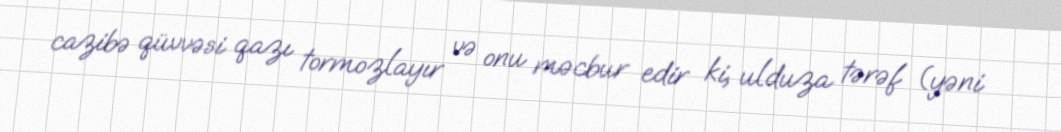
cazibə qüvvəsi qazı tormozlayır və onu məcbur edir ki, ulduza tərəf (yəni